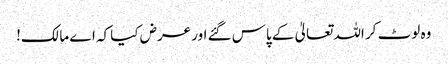
وہ لوٹ کر اللہ تعالیٰ کے پاس گئے اور عرض کیا کہ اے مالک!